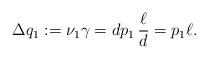
LaTeX: \begin{align*}\Delta q_1 :=\nu_1 \gamma = d p_1 \, \frac{\ell}{d} = p_1 \ell.\end{align*}